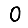
Digit: 0